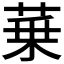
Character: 𦲢